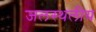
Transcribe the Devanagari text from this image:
जलस्थलीय